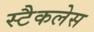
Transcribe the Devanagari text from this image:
स्टैकलेस